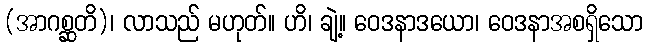
(အာဂစ္ဆတိ)၊ လာသည် မဟုတ်။ ဟိ၊ ချဲ့။ ဝေဒနာဒယော၊ ဝေဒနာအစရှိသော